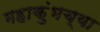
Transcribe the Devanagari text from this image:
महाकुंभच्या